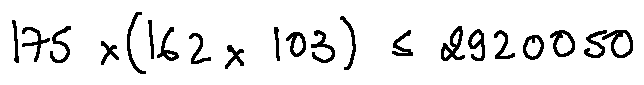
1 7 5 \times ( 1 6 2 \times 1 0 3 ) \leq 2 9 2 0 0 5 0